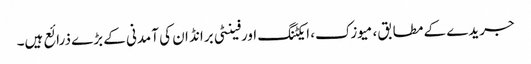
جریدے کے مطابق، میوزک، ایکٹنگ اورفینٹی برانڈ ان کی آمدنی کے بڑے ذرائع ہیں۔